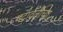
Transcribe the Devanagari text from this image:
पदावलीच्या